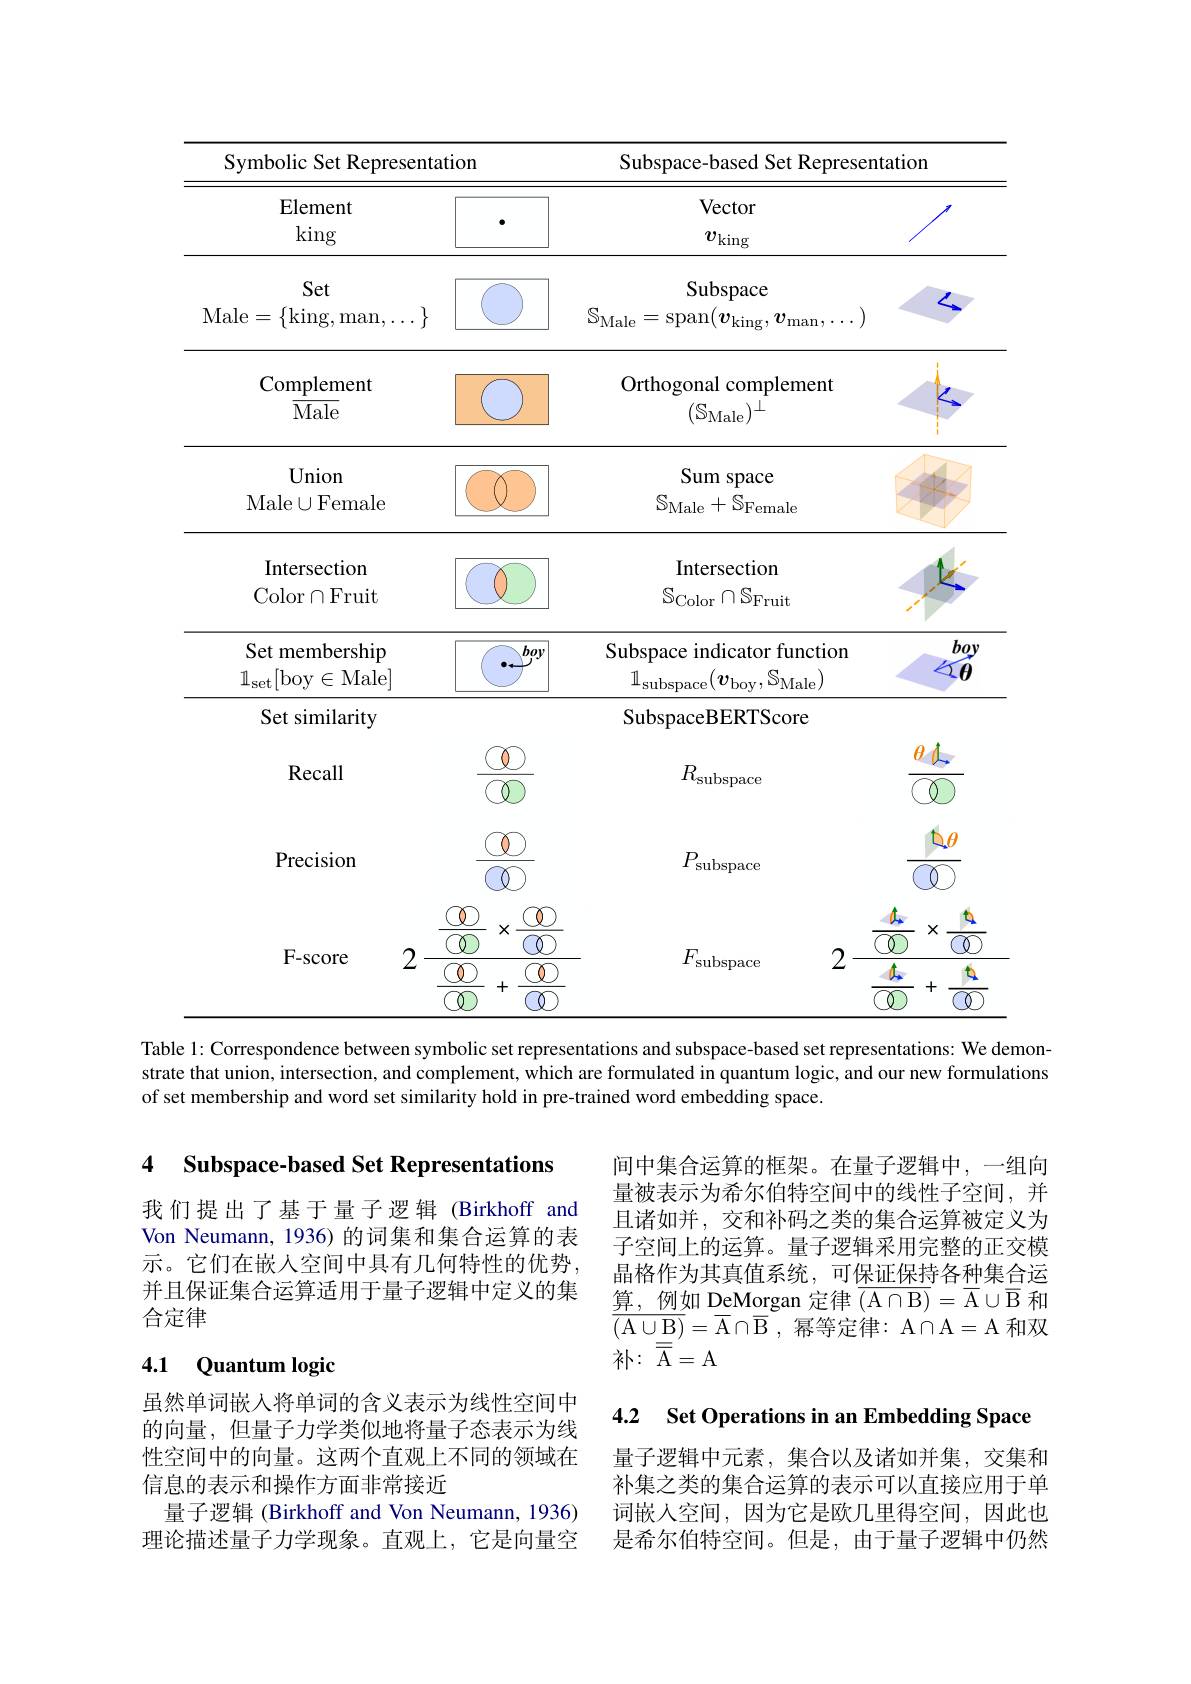
<table>
	<tbody>
		<tr>
			<th colspan="2">Symbolic Set Representation</th>
			<th colspan="3">Subspace-based Set Representation</th>
		</tr>
		<tr>
			<th>Element king</th>
			<th> </th>
			<th>Vector $v_\mathrm{king}$</th>
			<th>Vector $v_\mathrm{king}$</th>
			<th> </th>
		</tr>
		<tr>
			<td>Set Male$= \{$ $\{$king,man$,\ldots\}$</td>
			<td> </td>
			<td>Subspace $S_{\mathrm{Male}}$ $=\operatorname{span}(\boldsymbol{v}_\mathrm{king},\boldsymbol{v}_\mathrm{man}$,</td>
			<td>Subspace $\operatorname{an}(\boldsymbol{v}_{\mathrm{king}}$, $,\boldsymbol{v}_{\mathrm{man}},\ldots$ 1</td>
			<td><</td>
		</tr>
		<tr>
			<td>Complement $\overline{\mathrm{Male}}$</td>
			<td> </td>
			<td>Orthogonal complement $(\mathbb{S}_{\mathrm{Male}})^\perp$</td>
			<td>sonal complement $(\mathbb{S}_{\mathrm{Male}})^{\perp}$</td>
			<td>1 11</td>
		</tr>
		<tr>
			<td>Union Male$\cup$Female</td>
			<td> </td>
			<td>Sum space $\mathbb{S}_{\mathrm{Male}}+\mathbb{S}_{\mathrm{Female}}$</td>
			<td>Sum space Iale$+ \mathbb{S} _{\mathrm{Female}}$</td>
			<td> </td>
		</tr>
		<tr>
			<td>Intersection Color$\cap$Fruit</td>
			<td> </td>
			<td>Intersection $\mathbb{S}_{\mathrm{Color}}\cap\mathbb{S}_{\mathrm{Fruit}}$</td>
			<td>[ntersection $C_{\mathrm{olor}}\cap S_{\mathrm{Fruit}}$</td>
			<td>1 1 1</td>
		</tr>
		<tr>
			<td>Set membership $\mathbb{1}_{\mathrm{set}}[$boy $r\in$Male</td>
			<td>boy</td>
			<td>Subspace indicator function $\mathbb{1}_{\mathrm{subspace}}($ $_{\mathrm{e}}(\boldsymbol{v}_{\mathrm{boy}},\mathcal{S}_{\mathrm{Male}})$</td>
			<td>indicator function $\frac{1}{2}=\frac{1}{2}=\frac{1}{2}$ $S_{\mathrm{Male},}$ $v_\mathrm{boy}$, $\frac{1}{4}$ $2ace$</td>
			<td>boy $\angle21$ $\theta$ 1</td>
		</tr>
		<tr>
			<td>Set similarity</td>
			<td> </td>
			<td>SubspaceBERTScore</td>
			<td>aceBERTScore</td>
			<td> </td>
		</tr>
		<tr>
			<td>Recall</td>
			<td>$\textcircled{0}$ $\textcircled{Q}$</td>
			<td>$R_{\mathrm{subspace}}$</td>
			<td>$R_{\mathrm{subspace}}$</td>
			<td>$\theta$</td>
		</tr>
		<tr>
			<td>Precision</td>
			<td> </td>
			<td>$P_{\mathrm{subspace}}$</td>
			<td>$P_{\mathrm{subspace}}$</td>
			<td>$b_{\theta}$</td>
		</tr>
		<tr>
			<td>F- score 2</td>
			<td>X +</td>
			<td>$F_{\mathrm{subspace}}$ 2</td>
			<td>$F_{\mathrm{subspace}}$ 2</td>
			<td>X +</td>
		</tr>
	</tbody>
</table>
Table 1: Correspondence between symbolic set representations and subspace-based set representations: We demon-

strate that union, intersection, and complement, which are formulated in quantum logic, and our new formulations
of set membership and word set similarity hold in pre-trained word embedding space.

4 Subspace-based Set Representations

间中集合运算的框架。在量子逻辑中，一组向量被表示为希尔伯特空间中的线性子空间，并且诸如并，交和补码之类的集合运算被定义为子空间上的运算。量子逻辑采用完整的正交模晶格作为其真值系统，可保证保持各种集合运$\underline{\text{算，例如 DeMorgan 定律 }\overline{(\mathrm{A}\cap\mathrm{B})}}=\overline{\mathrm{A}}\cup\overline{\mathrm{B}}$和$\overline{{\mathrm{(A\cup B)}}}=\overline{{\mathrm{A}}}\cap\overline{{\mathrm{B}}}$,幂等定律：A$\cap$A=A 和双$补 :$ $\overline {\mathrm{\overline {A}} }=$A

我们提出了基于量子逻辑(Birkhoff and Von Neumann, 1936) 的词集和集合运算的表示。它们在嵌入空间中具有几何特性的优势， 并且保证集合运算适用于量子逻辑中定义的集合定律

## 4.1 Quantum logic

4.2 Set Operations in an Embedding Space

虽然单词嵌人将单词的含义表示为线性空间中的向量，但量子力学类似地将量子态表示为线性空间中的向量。这两个直观上不同的领域在信息的表示和操作方面非常接近
量子逻辑 (Birkhoff and Von Neumann, 1936) 理论描述量子力学现象。直观上，它是向量空

量子逻辑中元素，集合以及诸如并集，交集和补集之类的集合运算的表示可以直接应用于单词嵌人空间，因为它是欧几里得空间，因此也是希尔伯特空间。但是，由于量子逻辑中仍然